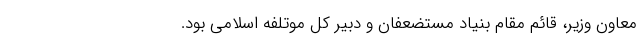
معاون وزیر، قائم مقام بنیاد مستضعفان و دبیر کل موتلفه اسلامی بود.